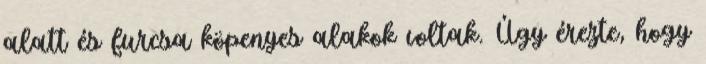
alatt és furcsa köpenyes alakok voltak. Úgy érezte, hogy